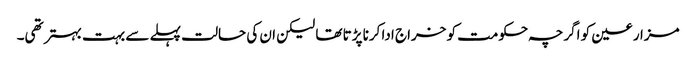
مزارعین کو اگرچہ حکومت کو خراج ادا کرنا پڑتا تھا لیکن ان کی حالت پہلے سے بہت بہتر تھی۔